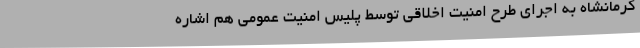
کرمانشاه به اجرای طرح امنیت اخلاقی توسط پلیس امنیت عمومی هم اشاره